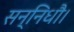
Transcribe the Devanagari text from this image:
सन्निधौ।